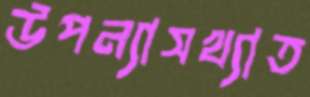
উপন্যাসখ্যাত